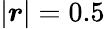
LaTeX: \left|\boldsymbol{r}\right|=0.5